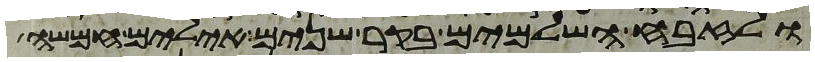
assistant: ולזבח השלמים בקר שנים אילים חמשה